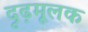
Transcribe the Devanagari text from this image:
दृढ़मूलक